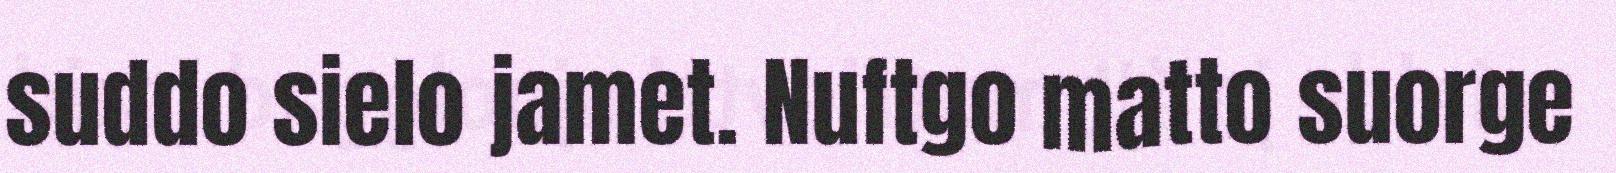
suddo sielo jamet. Nuftgo matto suorge